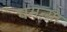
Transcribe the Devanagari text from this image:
घमन्या